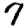
Digit: 7